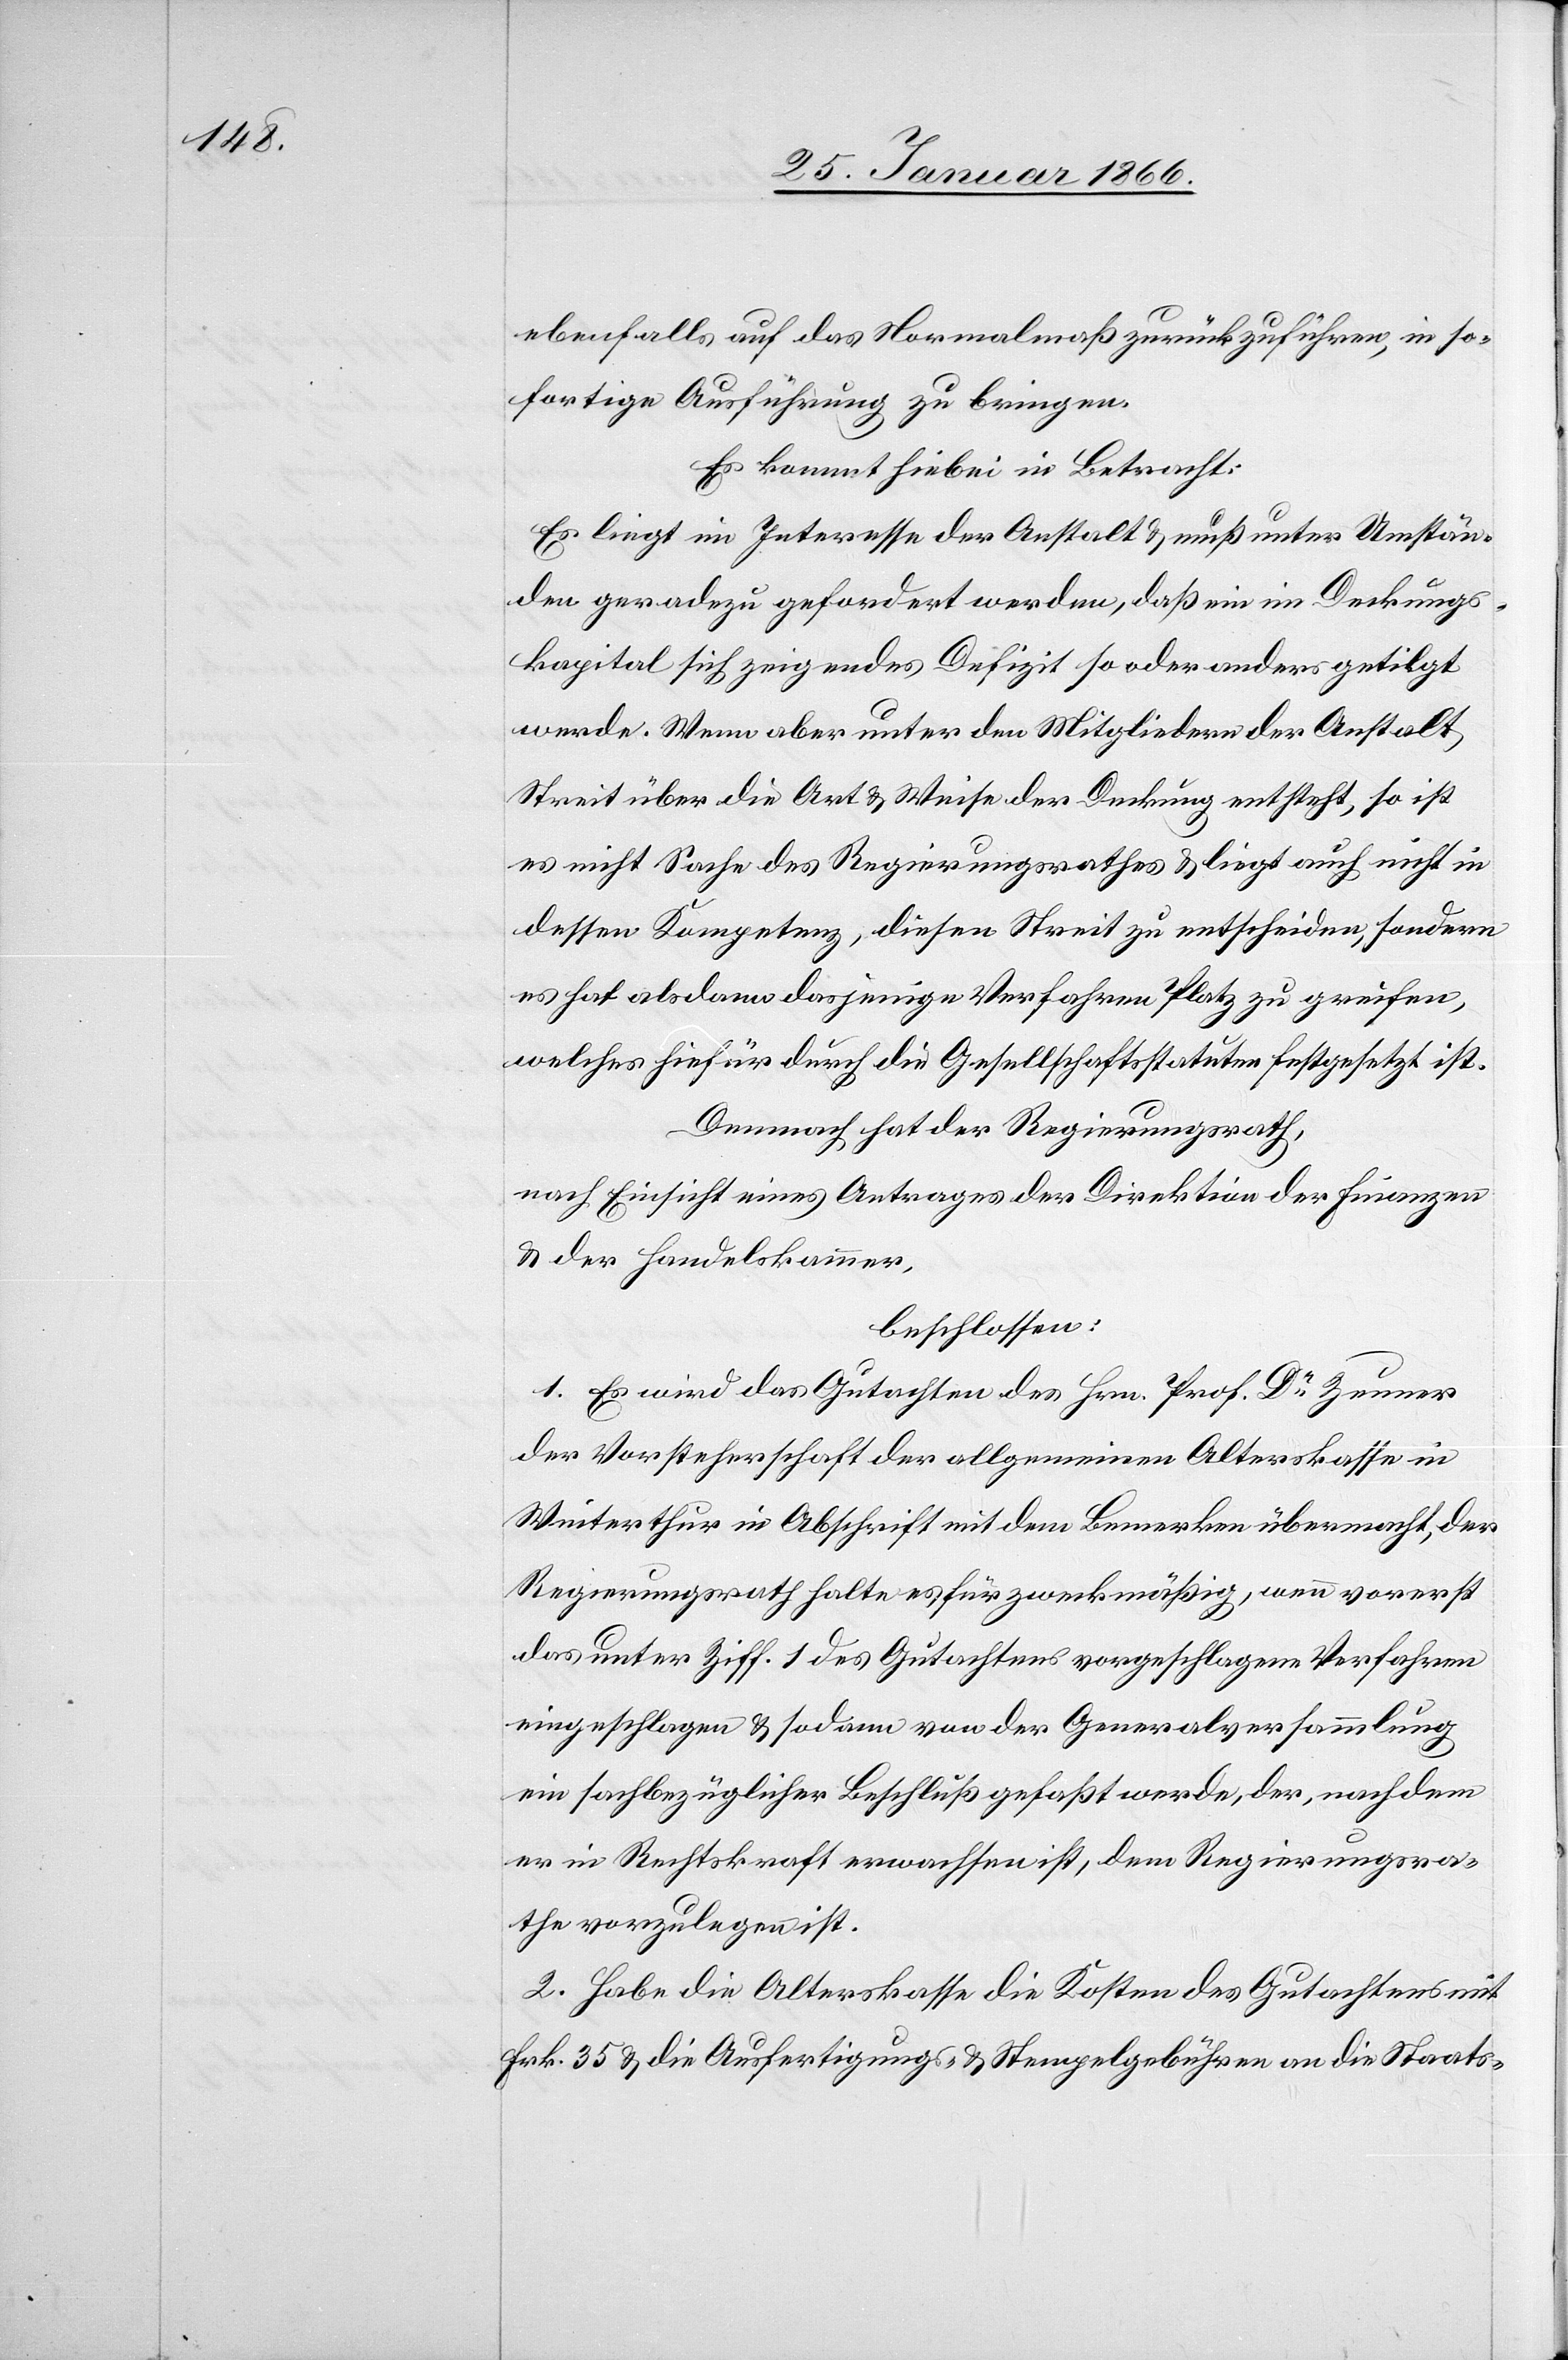
ebenfalls auf das Normalmaß zurückzuführen, in so¬
fortige Ausführung zu bringen.
Es kommt hiebei in Betracht:
Es liegt im Interesse der Anstalt u. muß unter Umstän¬
den geradezu gefordert werden, daß ein im Deckungs¬
kapital sich zeigendes Defizit so oder anders getilgt
werde. Wenn aber unter den Mitgliedern der Anstalt
Streit über die Art u. Weise der Deckung entsteht, so ist
es nicht Sache des Regierungsrathes u. liegt auch nicht in
dessen Kompetenz, diesen Streit zu entscheiden, sondern
es hat alsdann dasjenige Verfahren Platz zu greifen,
welches hiefür durch die Gesellschaftsstatuten festgesetzt ist.
Demnach hat der Regierungsrath,
nach Einsicht eines Antrages der Direktion der Finanzen
u. der Handelskammer,
beschlossen:
1. Es wird das Gutachten des Hrn. Prof. Dr. Zeuner
der Vorsteherschaft der allgemeinen Alterskasse in
Winterthur in Abschrift mit dem Bemerken übermacht, der
Regierungsrath halte es für zweckmäßig, wenn vorerst
das unter Ziff. 1 des Gutachtens vorgeschlagene Verfahren
eingeschlagen u. sodann von der Generalversammlung
ein sachbezüglicher Beschluß gefaßt werde, der, nachdem
er in Rechtskraft erwachsen ist, dem Regierungsra¬
the vorzulegen ist.
2. Habe die Alterskasse die Kosten des Gutachtens mit
Frk. 35 u. die Ausfertigungs- u. Stempelgebühren an die Staats-